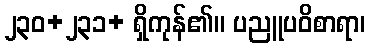
၂၃၀+၂၃၁+ ရှိကုန်၏။ ပညူပဝိစာရာ၊